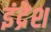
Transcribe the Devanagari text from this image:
इंद्रेश